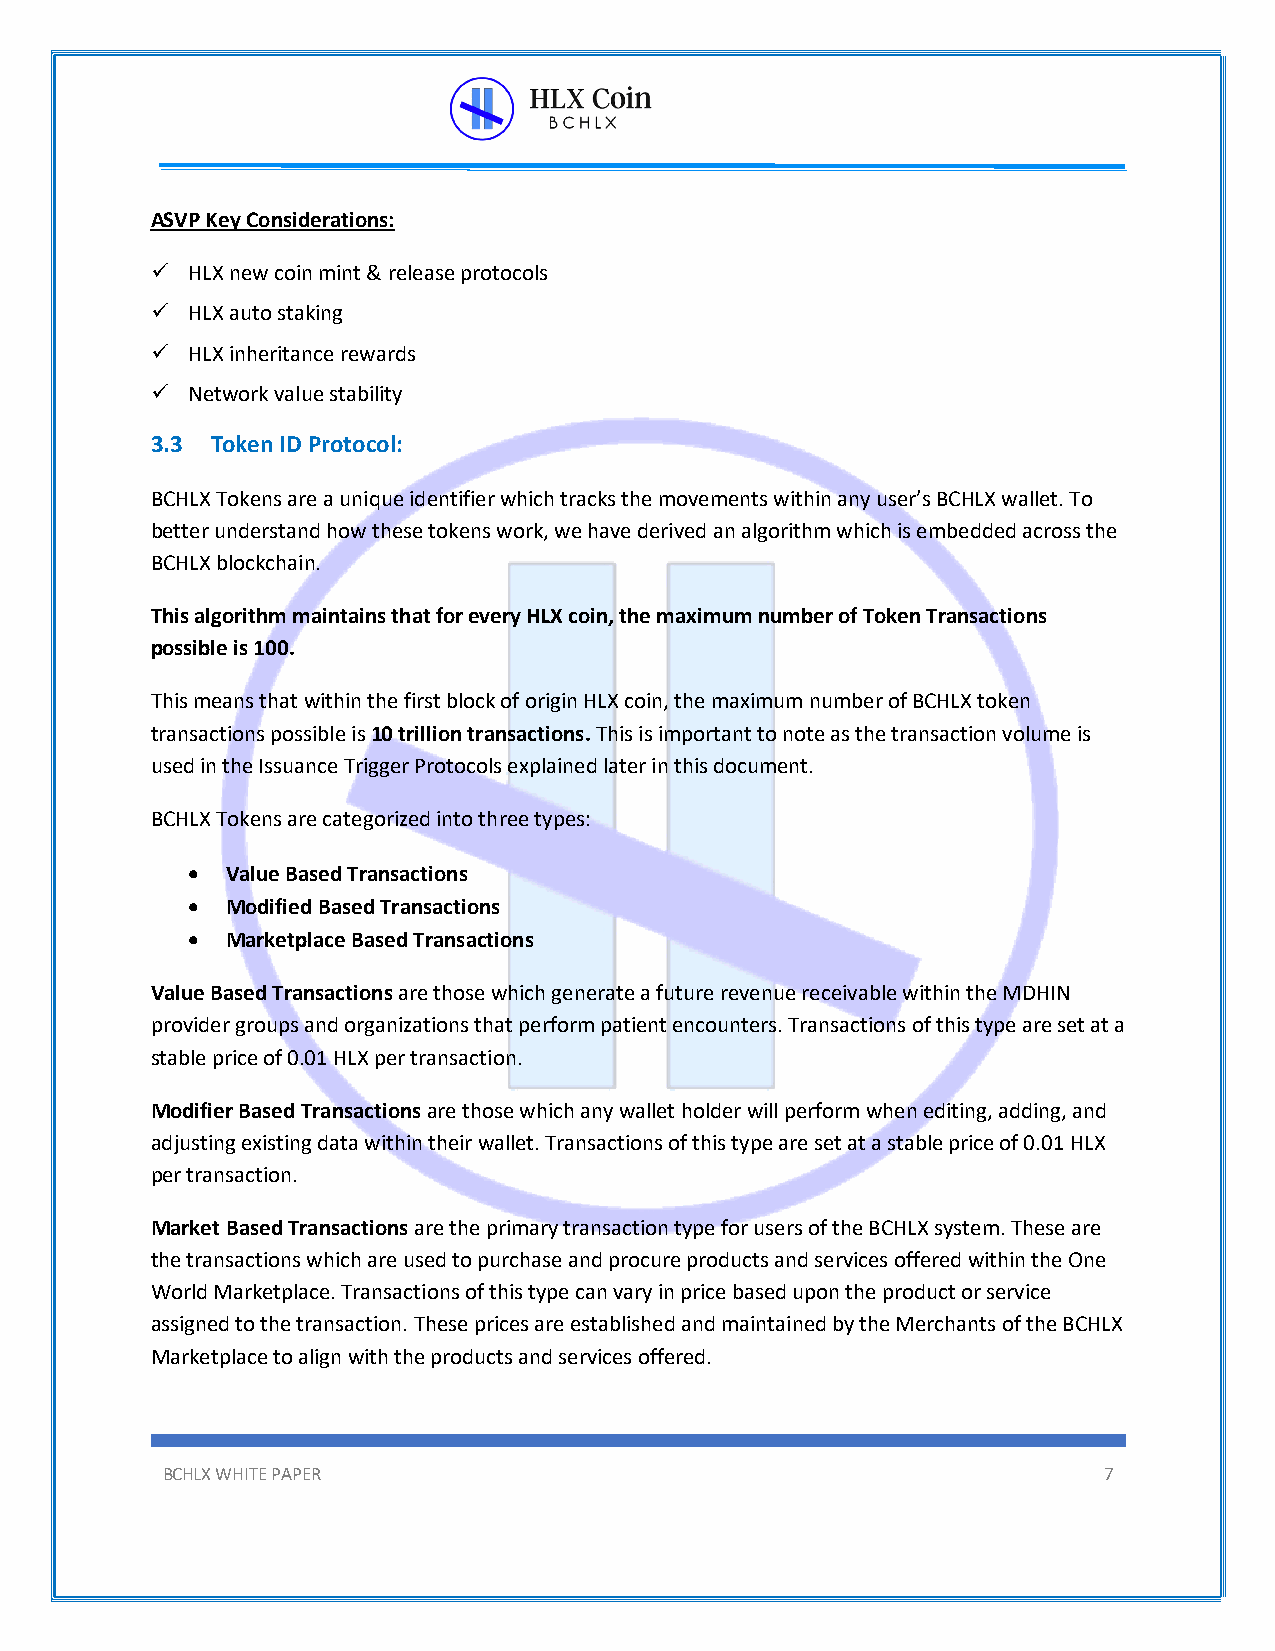
ASVP Key Considerations:
 ü HLX new coin mint & release protocols
 ü HLX auto staking
 ü HLX inheritance rewards
 ü Network value stability
 3.3 Token ID Protocol:
 BCHLX Tokens are a unique identifier which tracks the movements within any user’s BCHLX wallet. To
 better understand how these tokens work, we have derived an algorithm which is embedded across the
 BCHLX blockchain.
 This algorithm maintains that for every HLX coin, the maximum number of Token Transactions
 possible is 100.
 This means that within the first block of origin HLX coin, the maximum number of BCHLX token
 transactions possible is 10 trillion transactions. This is important to note as the transaction volume is
 used in the Issuance Trigger Protocols explained later in this document.
 BCHLX Tokens are categorized into three types:
 •  Value Based Transactions
 •  Modified Based Transactions
 •  Marketplace Based Transactions
 Value Based Transactions are those which generate a future revenue receivable within the MDHIN
 provider groups and organizations that perform patient encounters. Transactions of this type are set at a
 stable price of 0.01 HLX per transaction.
 Modifier Based Transactions are those which any wallet holder will perform when editing, adding, and
 adjusting existing data within their wallet. Transactions of this type are set at a stable price of 0.01 HLX
 per transaction.
 Market Based Transactions are the primary transaction type for users of the BCHLX system. These are
 the transactions which are used to purchase and procure products and services offered within the One
 World Marketplace. Transactions of this type can vary in price based upon the product or service
 assigned to the transaction. These prices are established and maintained by the Merchants of the BCHLX
 Marketplace to align with the products and services offered.
 BCHLX WHITE PAPER                                             7